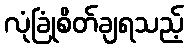
လုံခြုံစိတ်ချရသည့်